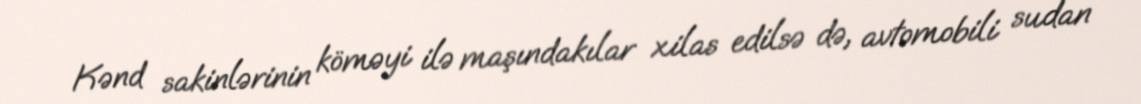
Kənd sakinlərinin köməyi ilə maşındakılar xilas edilsə də, avtomobili sudan